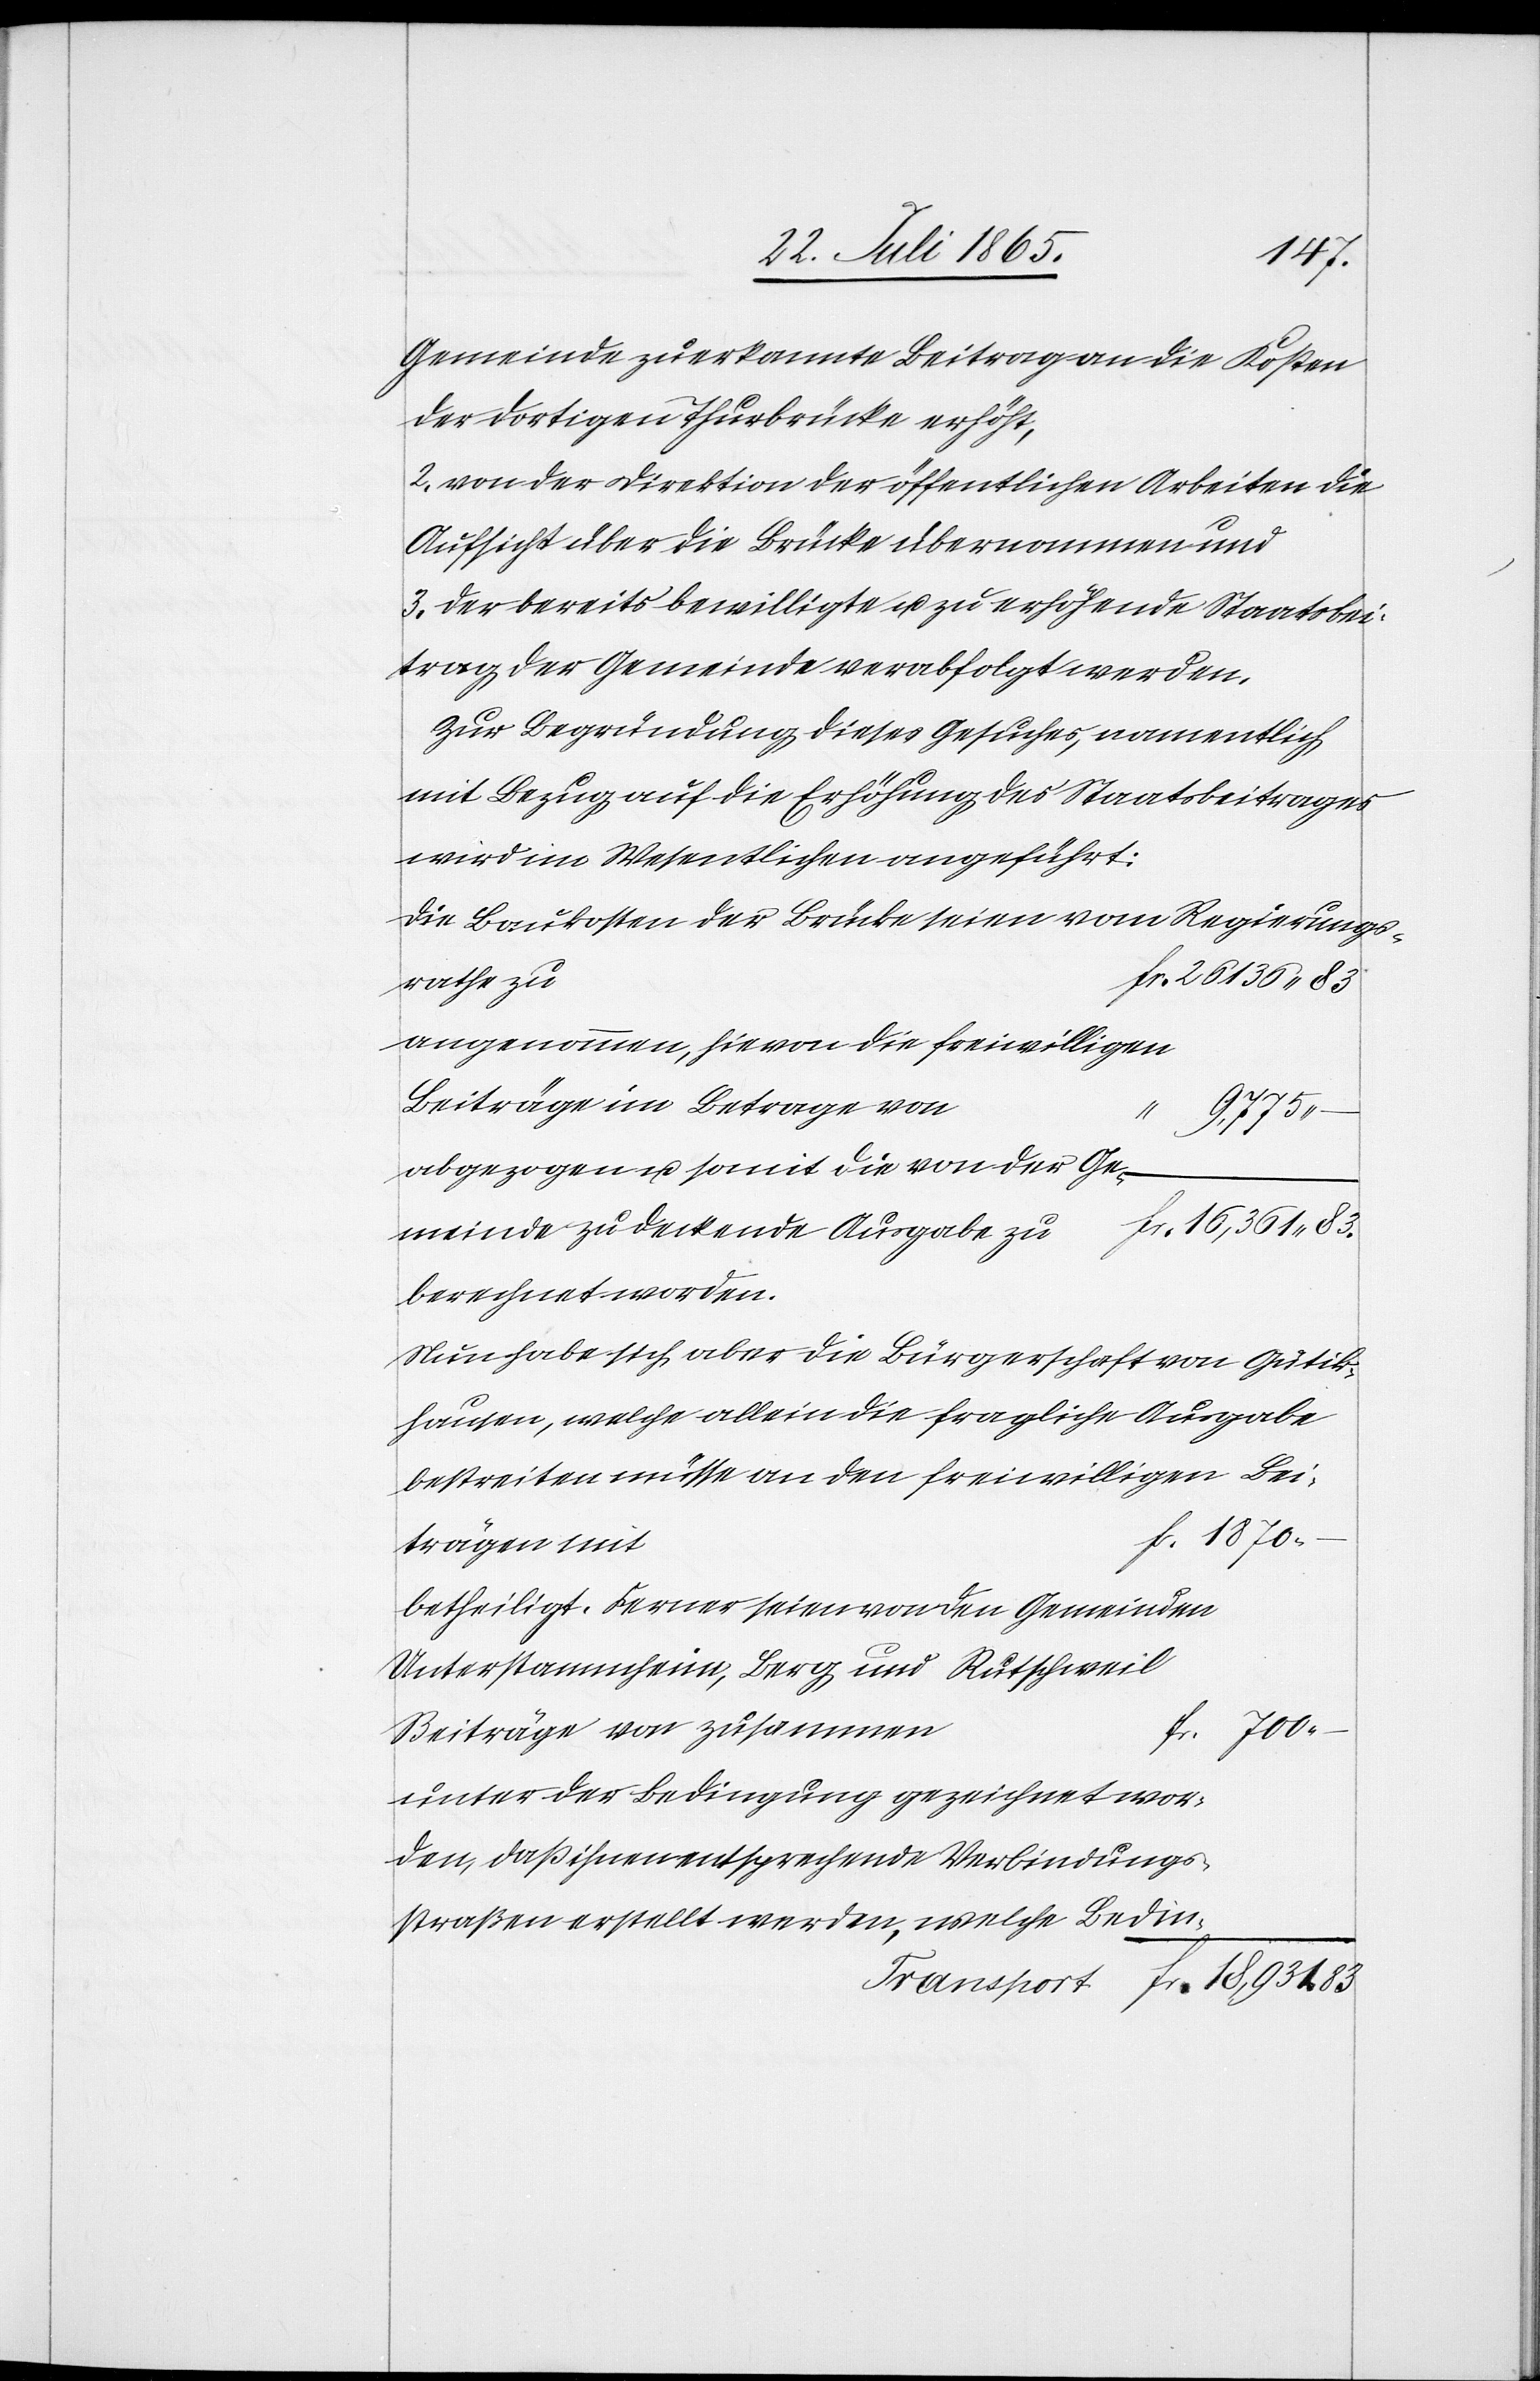
1870
Gemeinde zuerkannte Beitrag an die Kosten
der dortigen Thurbrücke erhöht,
2. von der Direktion der öffentlichen Arbeiten die
Aufsicht über die Brücke übernommen und
3. der bereits bewilligte u. zu erhöhende Staatsbei¬
trag der Gemeinde verabfolgt werden.
Zur Begründung dieses Gesuches, namentlich
mit Bezug auf die Erhöhung des Staatsbeitrages
wird im Wesentlichen angeführt:
Die Baukosten der Brücke seien vom Regierungs¬
rathe zu
angenommen, hievon die freiwilligen
Beiträge im Betrage von
fr.
18,931.
abgezogen u. somit die von der Ge¬
meinde zu deckende Ausgabe zu
berechnet worden.
Nun habe sich aber die Bürgerschaft von Gütik¬
hausen, welche allein die fragliche Ausgabe
bestreiten müsse an den freiwilligen Bei¬
trägen mit
betheiligt. Ferner seien von den Gemeinden
Unterstammheim, Berg und Rutschweil
Beiträge von zusammen
unter der Bedingung gezeichnet wor¬
den, daß ihnen entsprechende Verbindungs¬
straßen erstellt werden, welche Bedin-